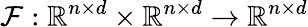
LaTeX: \mathcal{F}:\mathbb{R}^{n\times d}\times\mathbb{R}^{n\times d}\rightarrow\mathbb{R}^{n\times d}